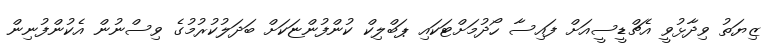
ޒިޔަތު ވިދާޅުވީ އެޗްޑީސީއަށް ފައިސާ ހޯދުމަށްޓަކައި ޕަބްލިކް ކުންފުންޏަކަށް ބަދަލުކުރުމުގެ ވިސްނުން އެކުންފުނިން